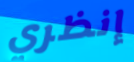
إنظري